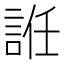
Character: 䛘